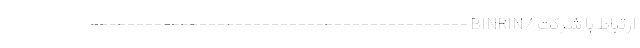
ارتباط با شرکت /BINRIN ------------------------------------------